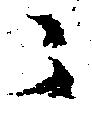
ニ